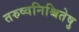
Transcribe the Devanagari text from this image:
तरुष्वनिश्चितेषु